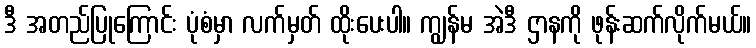
ဒီ အတည်ပြုကြောင်း ပုံစံမှာ လက်မှတ် ထိုးပေးပါ။ ကျွန်မ အဲဒီ ဌာနကို ဖုန်းဆက်လိုက်မယ်။